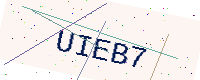
Text: UIEB7